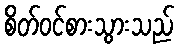
စိတ်ဝင်စားသွားသည်